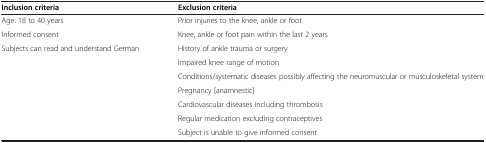
<table><thead><tr><td><b>Inclusion criteria</b></td><td><b>Exclusion criteria</b></td></tr></thead><tbody><tr><td>Age: 18 to 40 years</td><td>Prior injuries to the knee, ankle or foot</td></tr><tr><td>Informed consent</td><td>Knee, ankle or foot pain within the last 2 years</td></tr><tr><td>Subjects can read and understand German</td><td>History of ankle trauma or surgery</td></tr><tr><td> </td><td>Impaired knee range of motion</td></tr><tr><td> </td><td>Conditions/systematic diseases possibly affecting the neuromuscular or musculoskeletal system</td></tr><tr><td> </td><td>Pregnancy [anamnestic]</td></tr><tr><td> </td><td>Cardiovascular diseases including thrombosis</td></tr><tr><td> </td><td>Regular medication excluding contraceptives</td></tr><tr><td> </td><td>Subject is unable to give informed consent</td></tr></tbody></table>